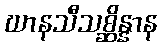
ဃာနသီသစ္ဆိန္နာန